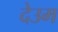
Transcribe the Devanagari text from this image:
देउम